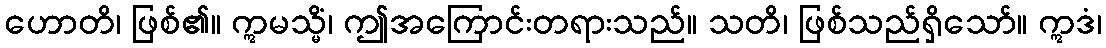
ဟောတိ၊ ဖြစ်၏။ ဣမသ္မိံ၊ ဤအကြောင်းတရားသည်။ သတိ၊ ဖြစ်သည်ရှိသော်။ ဣဒံ၊